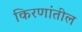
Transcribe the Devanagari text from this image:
किरणांतील